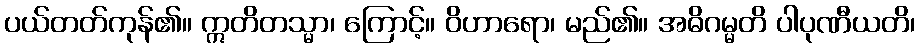
ပယ်တတ်ကုန်၏။ ဣတိတသ္မာ၊ ကြောင့်။ ဝိဟာရော၊ မည်၏။ အဓိဂမ္မတိ ပါပုဏီယတိ၊